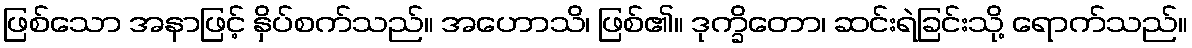
ဖြစ်သော အနာဖြင့် နှိပ်စက်သည်။ အဟောသိ၊ ဖြစ်၏။ ဒုက္ခိတော၊ ဆင်းရဲခြင်းသို့ ရောက်သည်။